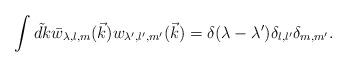
LaTeX: \begin{align*}\int \tilde {dk}\bar w_{\lambda ,l,m}(\vec k)w_{\lambda ^{\prime },l^{\prime},m^{\prime }}(\vec k)=\delta (\lambda -\lambda ^{\prime })\delta_{l,l^{\prime }}\delta _{m,m^{\prime }}. \end{align*}